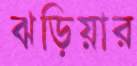
ঝড়িয়ার